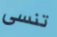
تنسى